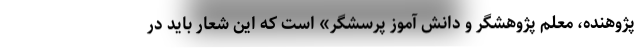
پژوهنده، معلم پژوهشگر و دانش آموز پرسشگر» است که این شعار باید در